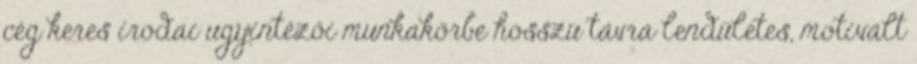
cég keres irodai ugyintézői munkakörbe hosszú távra lendületes, motivált